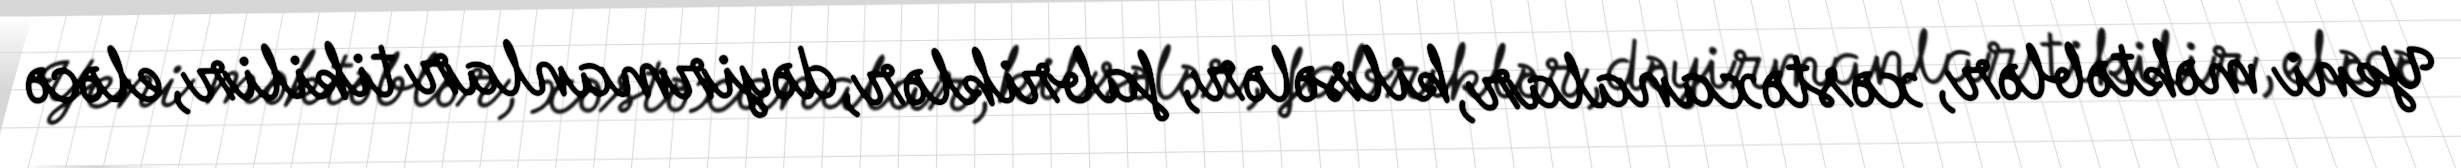
Yeni məktəblər, xəstəxanalar, kilsələr, fabriklər, dəyirmanlar tikilir, eləcə